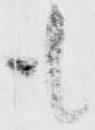
も